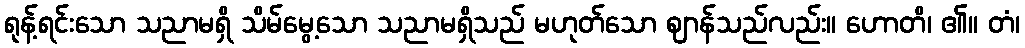
ရုန့်ရင်းသော သညာမရှိ သိမ်မွေ့သော သညာမရှိသည် မဟုတ်သော ဈာန်သည်လည်း။ ဟောတိ၊ ၏။ တံ၊